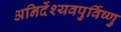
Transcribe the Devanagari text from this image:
अनिर्देश्यवपुर्विष्णु